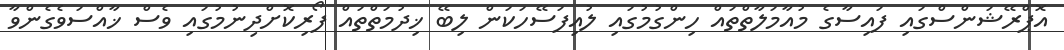
އޮޕްރޭޝަންސްގައި ފައިސާގެ މުއާމަލާތްތައް ހިންގުމުގައި ލުއިފަސޭހަކަން ލިބޭ ޚިދުމަތްތައް ފޯރިކޮށްދިނުމުގައި ވެސް ޚާއްސަވެގެންވާ